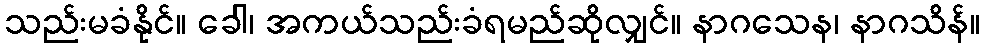
သည်းမခံနိုင်။ ခေါ၊ အကယ်သည်းခံရမည်ဆိုလျှင်။ နာဂသေန၊ နာဂသိန်။